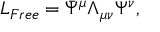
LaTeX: { \cal L } _ { F r e e } = \bar { \Psi } ^ { \mu } \Lambda _ { \mu \nu } \Psi ^ { \nu } ,